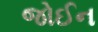
જોઈન